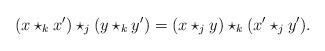
LaTeX: \begin{align*}(x\star_k x') \star_j (y \star_k y') = (x\star_j y) \star_k (x'\star_j y').\end{align*}